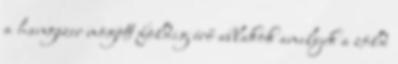
a hangszer mögött földig érő ablakok amelyek a zöld